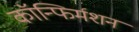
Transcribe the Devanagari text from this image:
कॉन्फिर्मशन